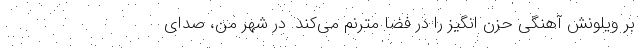
بر ویلونش آهنگی حزن انگیز را در فضا مترنم می‌کند. در شهر من، صدای